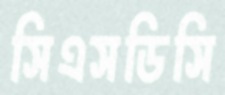
সিএসডিসি